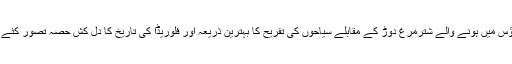
اس فارم ہاؤس میں ہونے والے شترمرغ دوڑ کے مقابلے سیاحوں کی تفریح کا بہترین ذریعہ اور فلوریڈا کی تاریخ کا دل کش حصہ تصور کئے جاتے ہیں۔